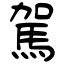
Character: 駕